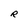
Character: R